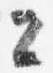
々